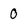
Character: O